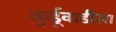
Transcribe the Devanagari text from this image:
कुर्डूवाडीला